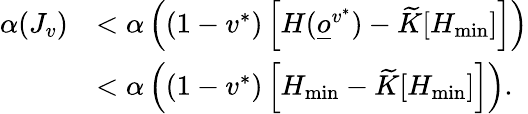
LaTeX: \begin{array}{rl}{\alpha(J_{v})}&{<\alpha\left((1-v^{*})\left[H(\underline{o}^{v^{*}})-\widetilde K[H_{\operatorname*{min}}]\right]\right)}\\ &{<\alpha\left((1-v^{*})\left[H_{\operatorname*{min}}-\widetilde K[H_{\operatorname*{min}}]\right]\right).}\end{array}